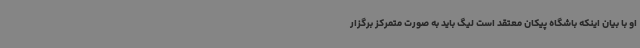
او با بیان اینکه باشگاه پیکان معتقد است لیگ باید به صورت متمرکز برگزار